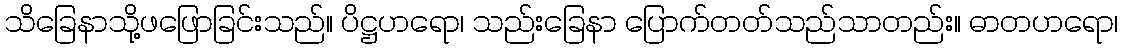
သိခြေနာသို့ဖဖြောခြင်းသည်။ ပိဋ္ဌဟရော၊ သည်းခြေနာ ပြောက်တတ်သည်သာတည်း။ ဓာတဟရော၊